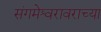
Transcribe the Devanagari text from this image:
संगमेश्वरावराच्या